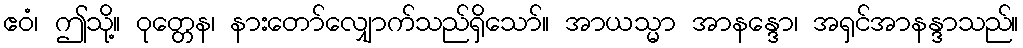
ဧဝံ၊ ဤသို့။ ဝုတ္တေန၊ နားတော်လျှောက်သည်ရှိသော်။ အာယသ္မာ အာနန္ဒော၊ အရှင်အာနန္ဒာသည်။